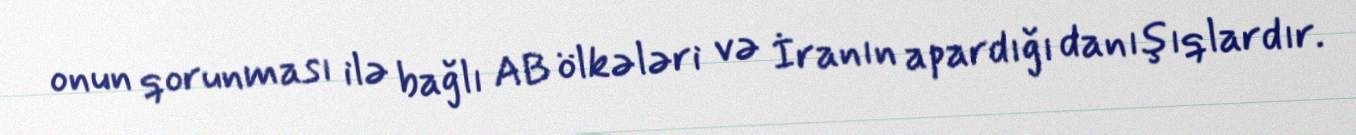
onun qorunması ilə bağlı AB ölkələri və İranın apardığı danışıqlardır.